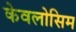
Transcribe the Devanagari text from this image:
केवलोसिम